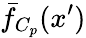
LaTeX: \bar{f}_{C_{p}}(x^{\prime})